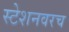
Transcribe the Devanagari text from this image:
स्टेशनवरच